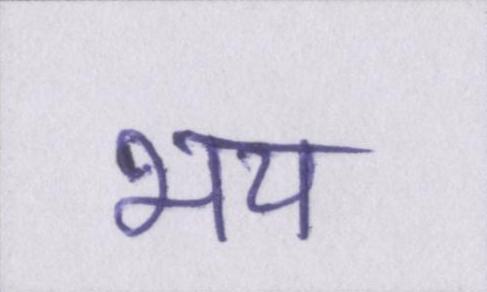
भय